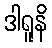
ဒါရူနိ